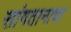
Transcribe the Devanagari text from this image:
सांगतानाचा